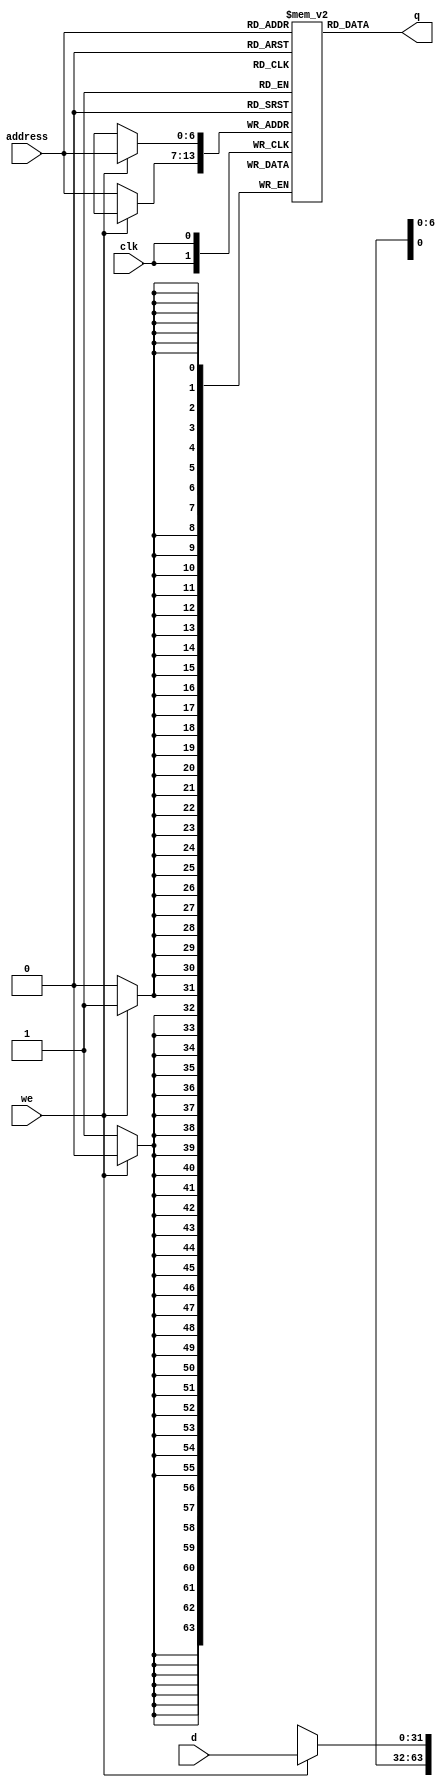
//! \file        AAC2M4P2.vhd
//!
//! \brief       
//!              
//!
//! \author      Uriel Abe Contardi
//! \date        01-04-2024
//!
//! \version     1.0
//!
//! \copyright   Copyright (c) 2024 - All Rights reserved.
//!
//! \note        Target devices: No specific target
//! \note        Tool versions: No specific tool
//! \note        Dependencies: No specific dependencies
//!
//! \ingroup
//! \warning     None
//!
//! \note        Revisions:
//!             - 1.0   01-04-2024
//!				First revision.
module RAM128x32 #(
    parameter Data_width = 32,  //# of bits in word
              Addr_width = 7  // # of address bits
  )
  (  //ports
    input wire clk,
    input wire we,
    input wire [(Addr_width-1):0] address,
    input wire [(Data_width-1):0] d,
    output wire [(Data_width-1):0] q
  );  

  // Declare Signal
  reg [Data_width-1:0] MEMORY[(2**Addr_width)-1:0];

  // Logicsssssssssss
  always@(posedge clk)
  begin
    if(we)
      MEMORY[address]<=d;
    else
      MEMORY[address]<=32'hxxxxxxxx;
  end

  // Assign Output
  assign q = MEMORY[address];

endmodule